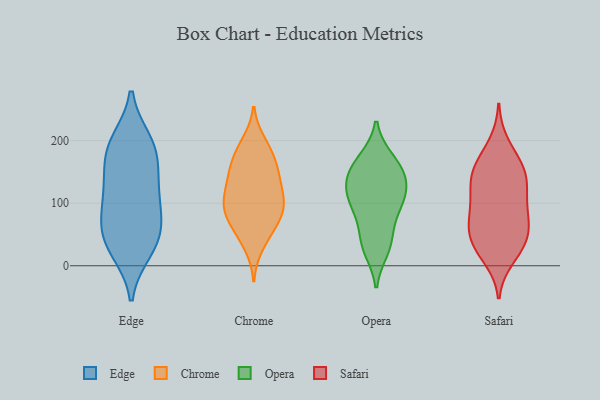
{"axis": {"x": "Satisfaction Score", "y": "Value"}, "legend": ["Chrome", "Edge", "Opera", "Safari"], "data": [{"x": "", "y": 99, "type": "Edge"}, {"x": "", "y": 102, "type": "Edge"}, {"x": "", "y": 178, "type": "Edge"}, {"x": "", "y": 197, "type": "Edge"}, {"x": "", "y": 56, "type": "Edge"}, {"x": "", "y": 176, "type": "Edge"}, {"x": "", "y": 140, "type": "Edge"}, {"x": "", "y": 49, "type": "Edge"}, {"x": "", "y": 25, "type": "Edge"}, {"x": "", "y": 63, "type": "Edge"}, {"x": "", "y": 29, "type": "Edge"}, {"x": "", "y": 124, "type": "Edge"}, {"x": "", "y": 198, "type": "Edge"}, {"x": "", "y": 146, "type": "Chrome"}, {"x": "", "y": 104, "type": "Chrome"}, {"x": "", "y": 165, "type": "Chrome"}, {"x": "", "y": 81, "type": "Chrome"}, {"x": "", "y": 110, "type": "Chrome"}, {"x": "", "y": 197, "type": "Chrome"}, {"x": "", "y": 82, "type": "Chrome"}, {"x": "", "y": 32, "type": "Chrome"}, {"x": "", "y": 57, "type": "Chrome"}, {"x": "", "y": 179, "type": "Chrome"}, {"x": "", "y": 98, "type": "Chrome"}, {"x": "", "y": 147, "type": "Chrome"}, {"x": "", "y": 54, "type": "Chrome"}, {"x": "", "y": 140, "type": "Chrome"}, {"x": "", "y": 85, "type": "Chrome"}, {"x": "", "y": 131, "type": "Chrome"}, {"x": "", "y": 99, "type": "Chrome"}, {"x": "", "y": 186, "type": "Chrome"}, {"x": "", "y": 75, "type": "Opera"}, {"x": "", "y": 106, "type": "Opera"}, {"x": "", "y": 170, "type": "Opera"}, {"x": "", "y": 26, "type": "Opera"}, {"x": "", "y": 39, "type": "Opera"}, {"x": "", "y": 98, "type": "Opera"}, {"x": "", "y": 148, "type": "Opera"}, {"x": "", "y": 124, "type": "Opera"}, {"x": "", "y": 35, "type": "Opera"}, {"x": "", "y": 97, "type": "Opera"}, {"x": "", "y": 153, "type": "Opera"}, {"x": "", "y": 123, "type": "Opera"}, {"x": "", "y": 167, "type": "Opera"}, {"x": "", "y": 136, "type": "Opera"}, {"x": "", "y": 116, "type": "Safari"}, {"x": "", "y": 121, "type": "Safari"}, {"x": "", "y": 41, "type": "Safari"}, {"x": "", "y": 165, "type": "Safari"}, {"x": "", "y": 12, "type": "Safari"}, {"x": "", "y": 150, "type": "Safari"}, {"x": "", "y": 34, "type": "Safari"}, {"x": "", "y": 86, "type": "Safari"}, {"x": "", "y": 162, "type": "Safari"}, {"x": "", "y": 61, "type": "Safari"}, {"x": "", "y": 195, "type": "Safari"}, {"x": "", "y": 116, "type": "Safari"}, {"x": "", "y": 37, "type": "Safari"}, {"x": "", "y": 67, "type": "Safari"}, {"x": "", "y": 80, "type": "Safari"}, {"x": "", "y": 141, "type": "Safari"}, {"x": "", "y": 25, "type": "Safari"}, {"x": "", "y": 72, "type": "Safari"}, {"x": "", "y": 148, "type": "Safari"}]}